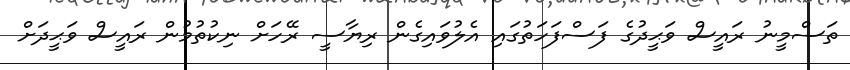
ތަސްމީނު ރައީސް ވަޙީދުގެ ފަސްފަހަތުގައި އެލުވައިގެން ރިޔާސީ ރޭހަށް ނިކުތުމުން ރައީސް ވަޙީދަށް